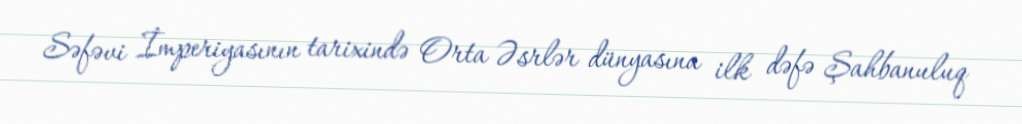
Səfəvi İmperiyasının tarixində Orta Əsrlər dünyasına ilk dəfə Şahbanuluq